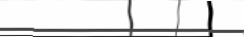
٢٦